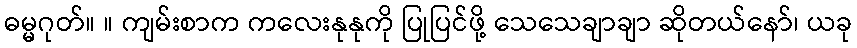
ဓမ္မဂုတ်။ ။ ကျမ်းစာက ကလေးနုနုကို ပြုပြင်ဖို့ သေသေချာချာ ဆိုတယ်နော်၊ ယခု